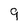
Character: 9